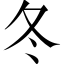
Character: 冬